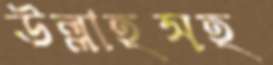
উল্লাহসহ